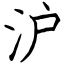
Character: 沪